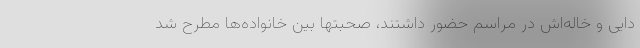
دایی و خاله‌اش در مراسم حضور داشتند، صحبتها بین خانواده‌ها مطرح شد